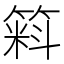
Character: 𱸚